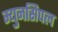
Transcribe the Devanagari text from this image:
म्युनसिपल